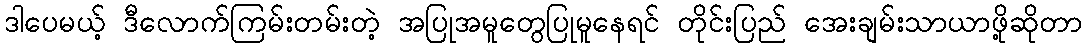
ဒါပေမယ့် ဒီလောက်ကြမ်းတမ်းတဲ့ အပြုအမူတွေပြုမူနေရင် တိုင်းပြည် အေးချမ်းသာယာဖို့ဆိုတာ